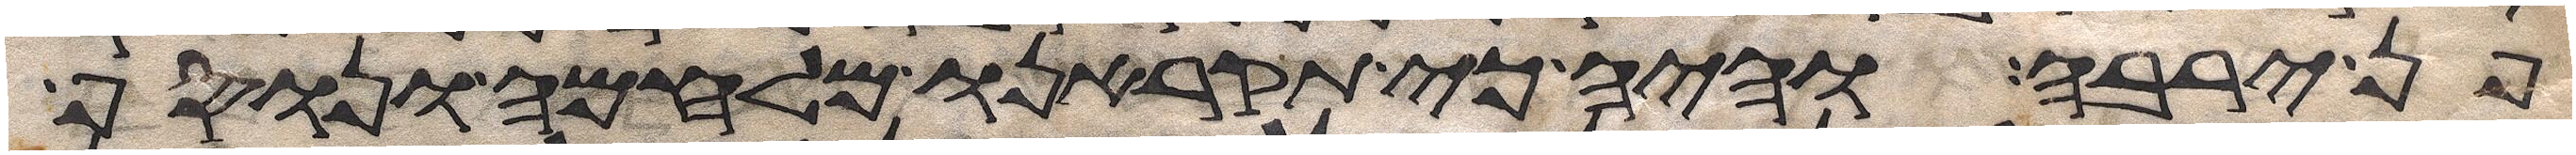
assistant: פן ירבה והיה כי תקראנו מלחמה ונוסף